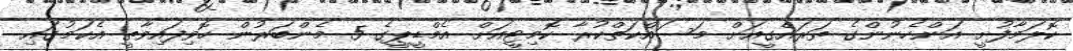
ކޮލަމާފުށީ އަންހެނުންގެ ތަރައްގީއަށް މަސައްކަތްކުރާ ކޮމިޓީއަށް އެމްޑީޕީގެ 5 މެންބަރުން ހޮވިފައިވާތީ އެކަމުގައި